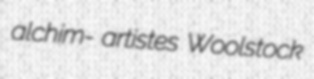
alchim- artistes Woolstock